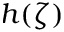
h ( \zeta )